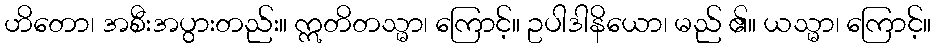
ဟိတော၊ အစီးအပွားတည်း။ ဣတိတသ္မာ၊ ကြောင့်။ ဥပါဒါနိယော၊ မည် ၏။ ယသ္မာ၊ ကြောင့်။